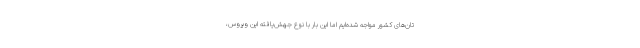
تان‌های کشور مواجه شده‌ایم اما این بار با نوع جهش‌یافته این ویروس،